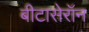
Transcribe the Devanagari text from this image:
बीटासेरॉन